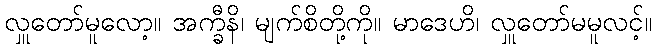
လှူတော်မူလော့။ အက္ခီနိ၊ မျက်စိတို့ကို။ မာဒေဟိ၊ လှူတော်မမူလင့်။